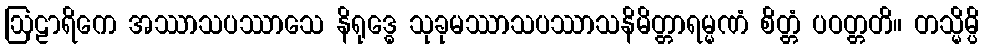
ဩဠာရိကေ အဿာသပဿာသေ နိရုဒ္ဓေ သုခုမဿာသပဿာသနိမိတ္တာရမ္မဏံ စိတ္တံ ပဝတ္တတိ။ တသ္မိမ္ပိ